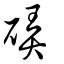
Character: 硦